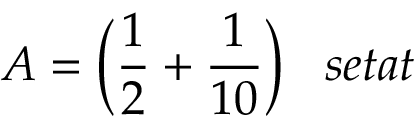
A = { \bigg ( } { \frac { 1 } { 2 } } + { \frac { 1 } { 1 0 } } { \bigg ) } \; \; \; s e t a t